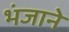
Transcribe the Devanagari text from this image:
भंजाने